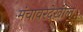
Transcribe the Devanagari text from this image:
मंचावरदेखील